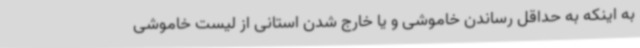
به اینکه به حداقل رساندن خاموشی و یا خارج شدن استانی از لیست خاموشی